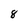
Character: 8